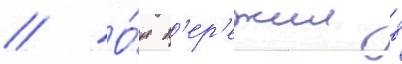
// О́н п'ер'ежил в